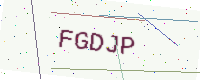
Text: FGDJP